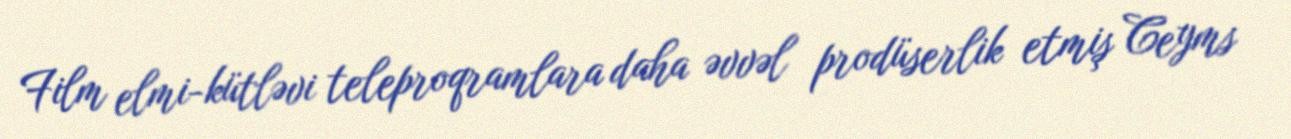
Film elmi-kütləvi teleproqramlara daha əvvəl prodüserlik etmiş Ceyms